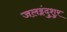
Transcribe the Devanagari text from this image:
जलइंदुशुर